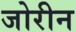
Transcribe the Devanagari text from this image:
जोरीन